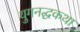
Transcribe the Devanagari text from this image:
युगनद्धकथा